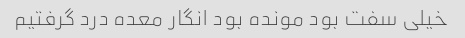
خیلی سفت بود مونده بود انگار معده درد گرفتیم